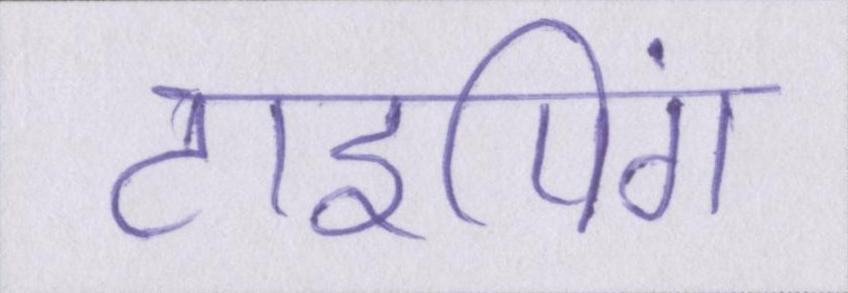
टाइपिंग